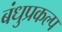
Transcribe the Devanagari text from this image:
बंधुप्रकल्प